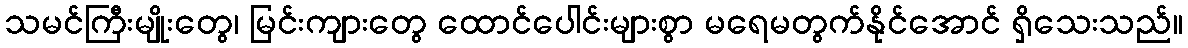
သမင်ကြီးမျိုးတွေ၊ မြင်းကျားတွေ ထောင်ပေါင်းများစွာ မရေမတွက်နိုင်အောင် ရှိသေးသည်။